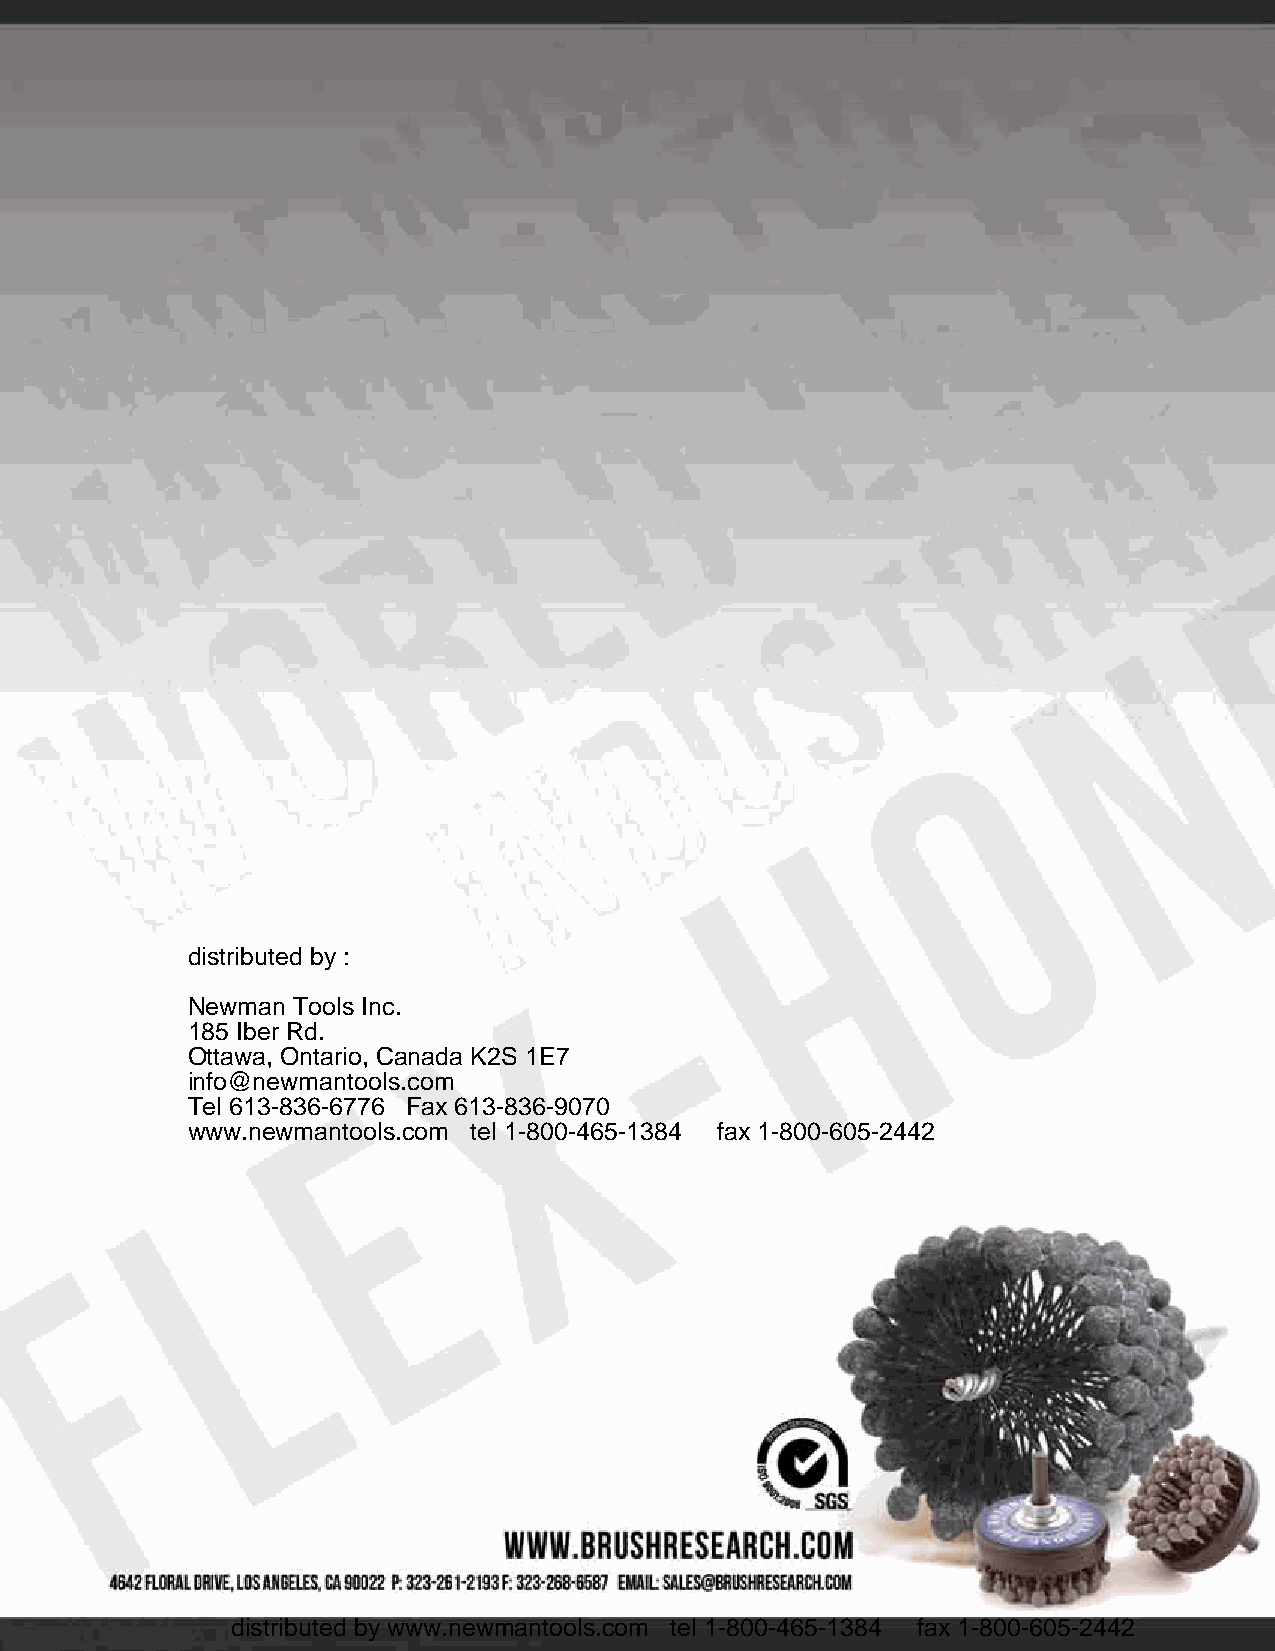
distributed by :
 Newman Tools Inc.
 185 Iber Rd.
 Ottawa, Ontario, Canada K2S 1E7
 info@newmantools.com
 Tel 613-836-6776 Fax 613-836-9070
 www.newmantools.com tel 1-800-465-1384 fax 1-800-605-2442
 distributed by www.newmantools.com tel 1-800-465-1384 fax 1-800-605-2442